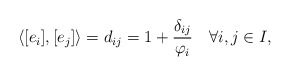
\begin{align*} \langle [e_i],[e_j]\rangle=d_{ij}=1+\frac{\delta_{ij}}{\varphi_i}\quad\forall i,j\in I,\end{align*}